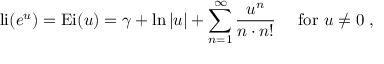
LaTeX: \operatorname { l i } ( e ^ { u } ) = { \mathrm { E i } } ( u ) = \gamma + \ln | u | + \sum _ { n = 1 } ^ { \infty } { \frac { u ^ { n } } { n \cdot n ! } } \quad { \mathrm { ~ f o r ~ } } u \neq 0 \; ,